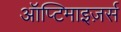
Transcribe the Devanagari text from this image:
ऑप्टिमाइज़र्स